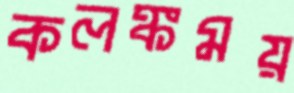
কলঙ্কময়